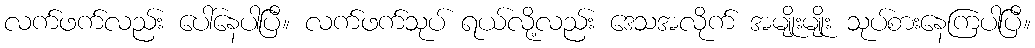
လက်ဖက်လည်း ပေါ်နေပါပြီ။ လက်ဖက်သုပ် ရယ်လို့လည်း ဒေသအလိုက် အမျိုးမျိုး သုပ်စားနေကြပါပြီ။